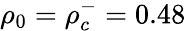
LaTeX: \rho_{0}=\rho_{c}^{-}=0.48